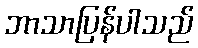
ဘာသာပြန်ပါသည်